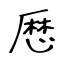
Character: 厯